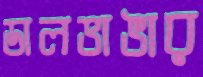
ডালভাঙার